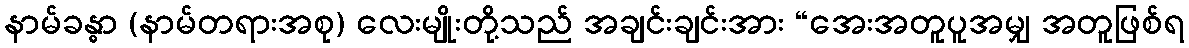
နာမ်ခန္ဓာ (နာမ်တရားအစု) လေးမျိုးတို့သည် အချင်းချင်းအား “အေးအတူပူအမျှ အတူဖြစ်ရ